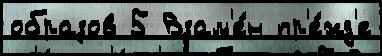
образов 5 Взам'е́н пр'е́жд'е